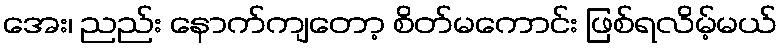
အေး၊ ညည်း နောက်ကျတော့ စိတ်မကောင်း ဖြစ်ရလိမ့်မယ်